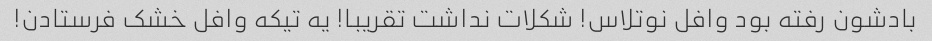
بادشون رفته بود وافل نوتلاس! شکلات نداشت تقریبا! یه تیکه وافل خشک فرستادن!